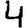
Digit: 4